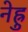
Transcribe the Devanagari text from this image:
नेह्रु